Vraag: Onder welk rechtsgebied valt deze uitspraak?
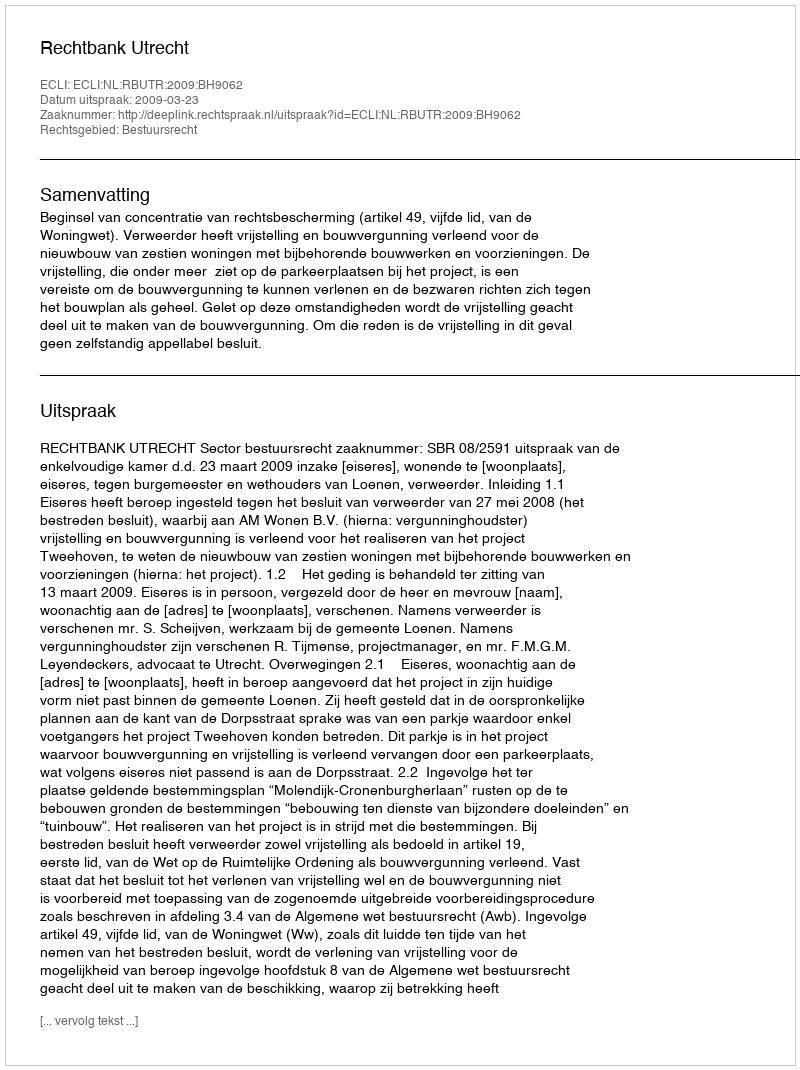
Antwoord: Bestuursrecht